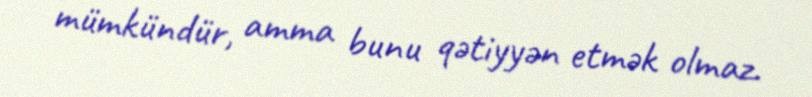
mümkündür, amma bunu qətiyyən etmək olmaz.